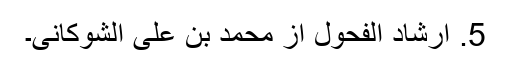
5. ارشاد الفحول از محمد بن علی الشوکانی۔